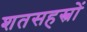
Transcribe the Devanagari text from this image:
शतसहस्त्रों